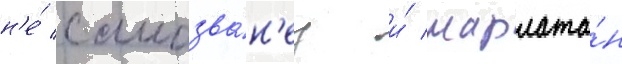
н'е́ самозва́н'ец и́ шарлата́н